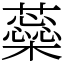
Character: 蘂